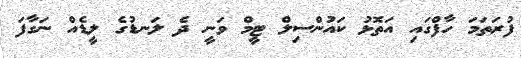
ފުރަތަމަ ހާފްގައި އަތޮޅު ކައުންސިލް ޓީމް ވަނީ ދެ ލަނޑުގެ ލީޑެއް ނަގާފަ